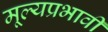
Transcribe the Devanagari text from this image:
मूल्यप्रभावी